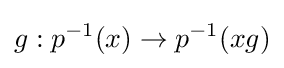
g:p^{-1}(x)\to p^{-1}(xg)